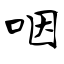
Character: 咽